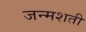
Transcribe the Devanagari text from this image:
जन्‍मशती